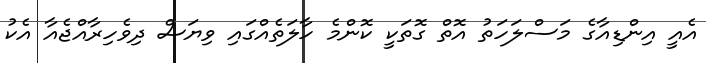
އެއީ އިންޑިއާގެ މަސްލަހަތު އޮތް ގޮތަކީ ކޮންމެ ހާލަތެއްގައި ވިޔަސް ދިވެހިރާއްޖެއާ އެކު